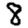
Digit: 8